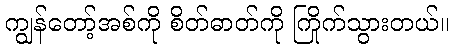
ကျွန်တော့်အစ်ကို စိတ်ဓာတ်ကို ကြိုက်သွားတယ်။